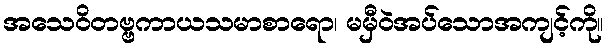
အသေဝိတဗ္ဗကာယသမာစာရော၊ မမှီဝဲအပ်သောအကျင့်ကို။